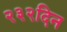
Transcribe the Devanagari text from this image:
२३२दिन